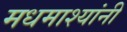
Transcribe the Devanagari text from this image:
मधमाश्यांनी